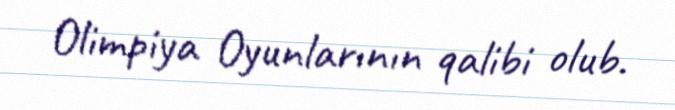
Olimpiya Oyunlarının qalibi olub.